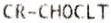
CR-CHOCLT